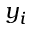
y _ { i }